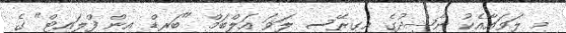
މި ލަވައާއެކު ނާޝިދުގެ އިގިރޭސި ލަވަ އަލްބަމް "ބަރޑް އިން ފްލައިޓް" ގެ